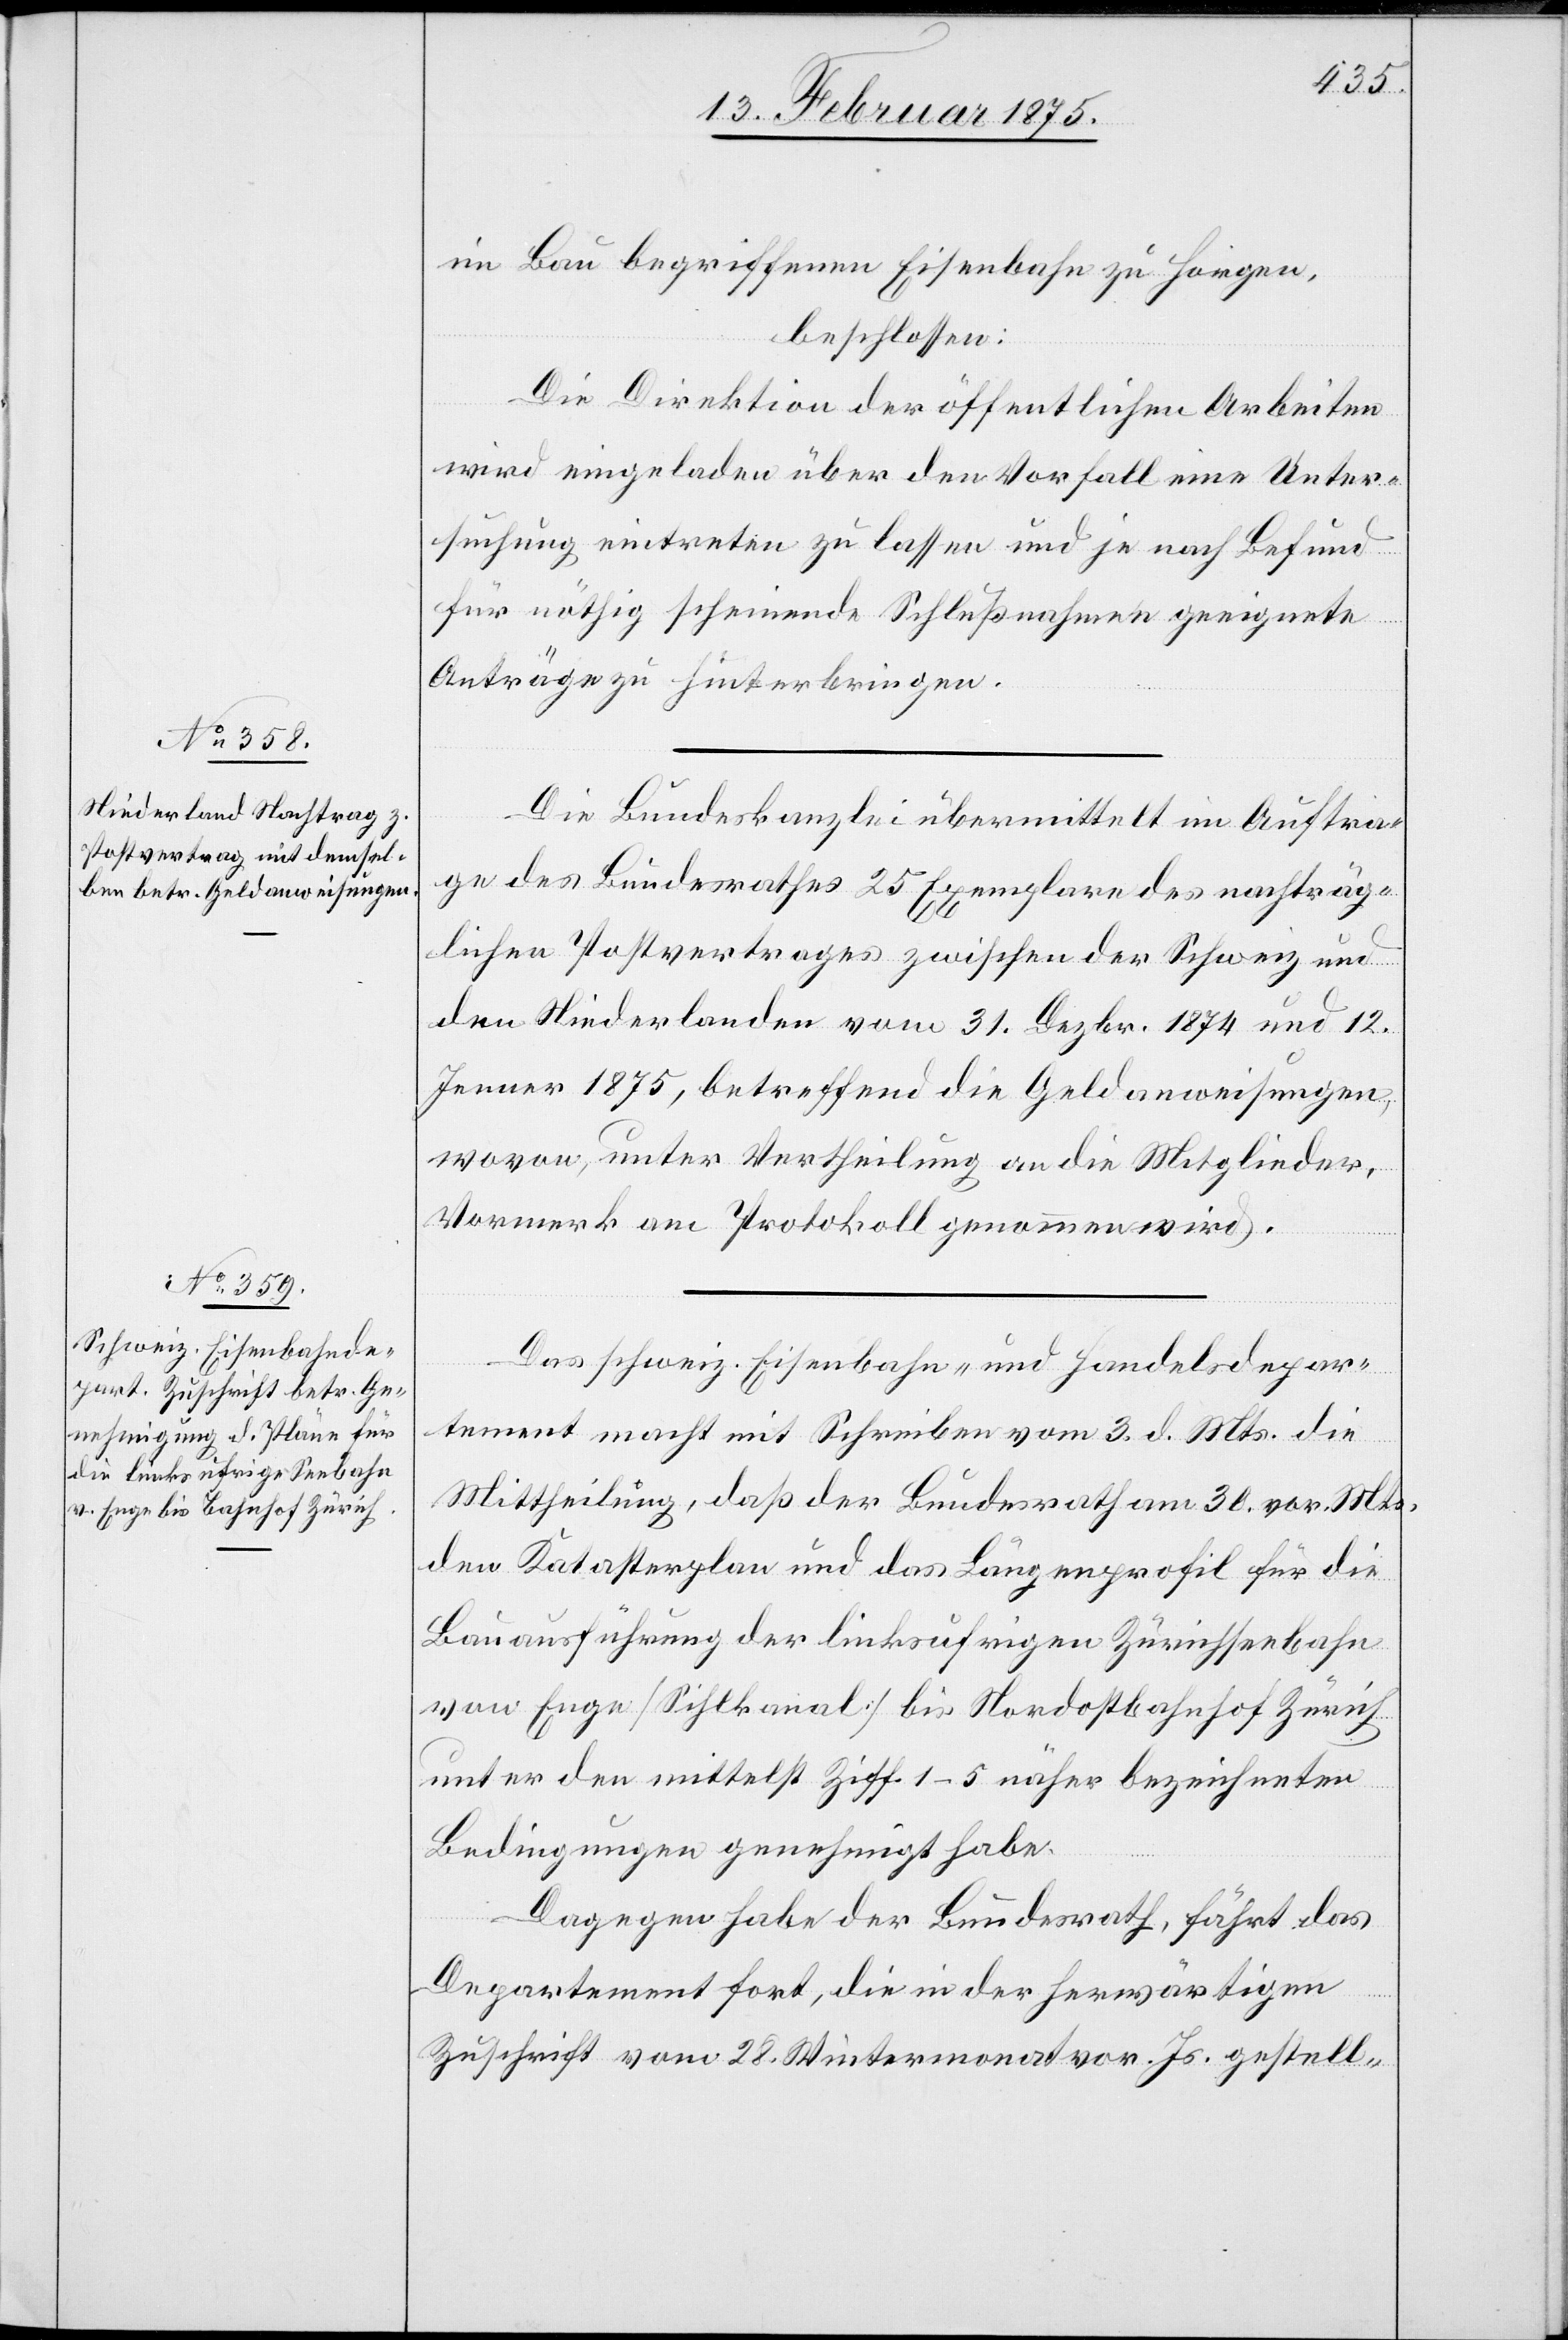
im Bau begriffenen Eisenbahn zu Horgen,
beschlossen:
Die Direktion der öffentlichen Arbeiten
wird eingeladen über den Vorfall eine Unter¬
suchung eintreten zu lassen und je nach Befund
für nöthig scheinende Schlußnahmen geeignete
Anträge zu hinterbringen.
Die Bundeskanzlei übermittelt im Auftra¬
ge des Bundesrathes 25 Exemplare des nachträg¬
lichen Postvertrages zwischen der Schweiz und
den Niederlanden vom 31. Dezbr. 1874 und 12.
Jenner 1875, betreffend die Geldanweisungen,
wovon, unter Vertheilung an die Mitglieder,
Vormerk am Protokoll genommen wird.
Das schweiz. Eisenbahn- und Handelsdepar¬
tement macht mit Schreiben vom 3. d. Mts. die
Mittheilung, daß der Bundesrath am 30. vor. Mts.
den Katasterplan und das Längenprofil für die
Bauausführung der linksufrigen Zürichseebahn
von Enge (Sihlkanal) bis Nordostbahnhof Zürich
unter den mittelst Ziff 1–5 näher bezeichneten
Bedingungen genehmigt habe.
Dagegen habe der Bundesrath, fährt das
Departement fort, die in der herwärtigen
Zuschrift vom 28. Wintermonat vor. Js. gestell-